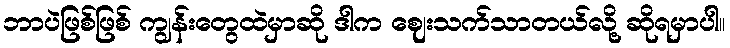
ဘာပဲဖြစ်ဖြစ် ကျွန်းတွေထဲမှာဆို ဒါက ဈေးသက်သာတယ်လို့ ဆိုရမှာပါ။